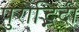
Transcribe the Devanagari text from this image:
पुरोद्भिदी